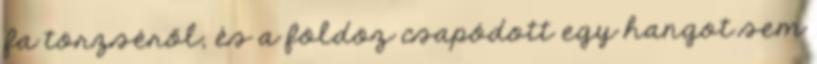
fa törzséről, és a földöz csapódott egy hangot sem